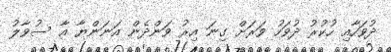
ދުވަހާއި ހުކުރު ދުވަހު ވަރަށް ގިނަ އިރު ވަންދެން އަނަންޔާ އާ ސުވާލު